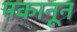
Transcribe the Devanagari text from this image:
मकानून